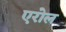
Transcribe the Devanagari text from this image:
एरोल